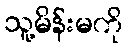
သူ့မိန်းမကို